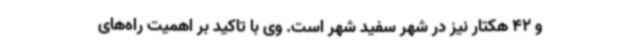
و 42 هکتار نیز در شهر سفید شهر است. وی با تاکید بر اهمیت راه‌های